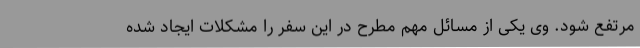
مرتفع شود. وی یکی از مسائل مهم مطرح در این سفر را مشکلات ایجاد شده